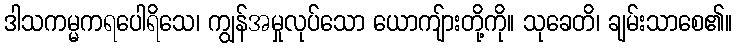
ဒါသကမ္မကရပေါရိသေ၊ ကျွန်အမှုလုပ်သော ယောကျ်ားတို့ကို။ သုခေတိ၊ ချမ်းသာစေ၏။